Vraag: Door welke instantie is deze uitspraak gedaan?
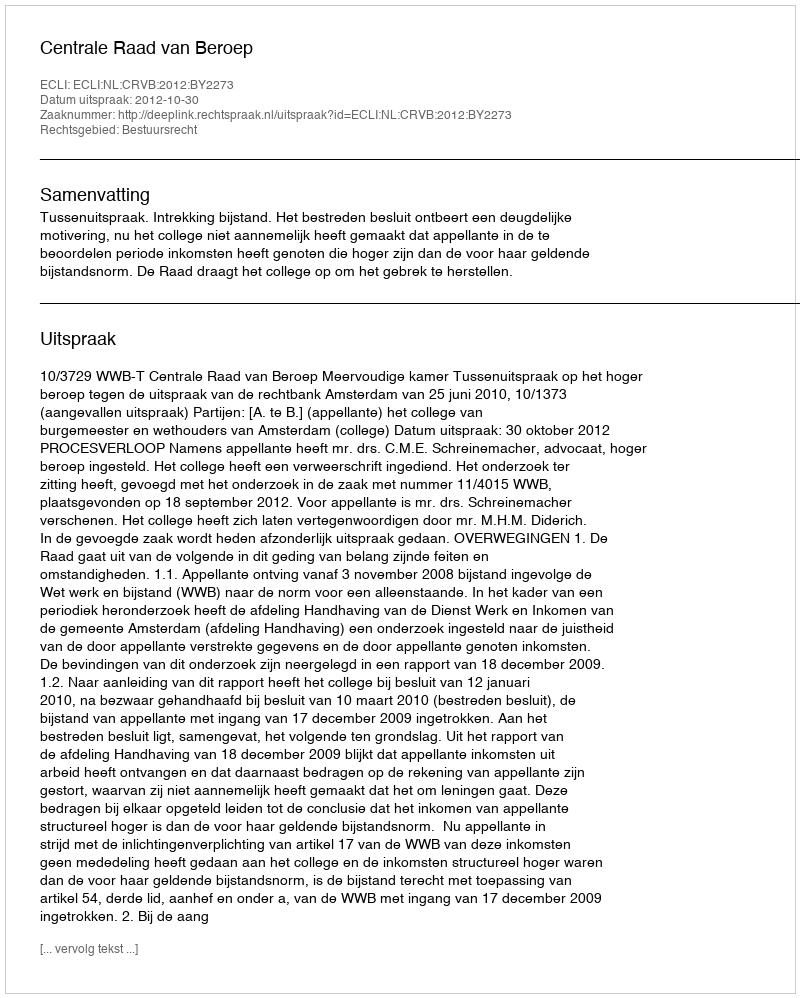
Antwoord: Centrale Raad van Beroep